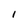
Character: 1